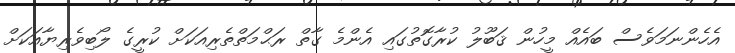
އެހެންނަމަވެސް ބައެއް މީހުން ޤަބޫލު ކުރާގޮތުގައި އެންމެ ގާތް ރަޙްމަތްތެރިއަކަށް ކުރީގެ ލޯބިވެރިޔާއަކަށް